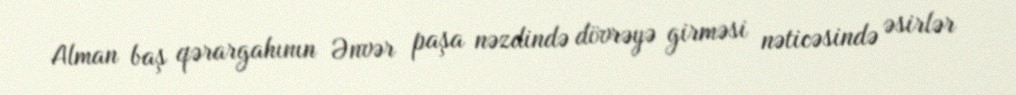
Alman baş qərargahının Ənvər paşa nəzdində dövrəyə girməsi nəticəsində əsirlər